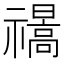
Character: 𰨕